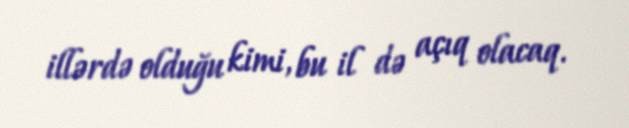
illərdə olduğu kimi, bu il də açıq olacaq.